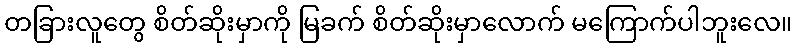
တခြားလူတွေ စိတ်ဆိုးမှာကို မြခက် စိတ်ဆိုးမှာလောက် မကြောက်ပါဘူးလေ။